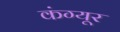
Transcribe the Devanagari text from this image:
कंग्‍यूर